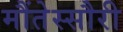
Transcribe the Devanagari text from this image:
मौंतेस्सौरी